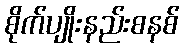
စိုက်ပျိုးနည်းစနစ်